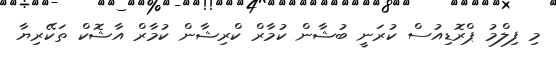
މި ފިލްމު ޕްރޮޑިއުސް ކުރަނީ ބުޝާން ކުމާރް ކްރިޝާން ކުމާރް އާޝޮކް ތަކޭރިޔާ